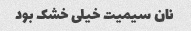
نان سیمیت خیلی خشک بود